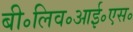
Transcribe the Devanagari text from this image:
बी॰लिव॰आई॰एस॰